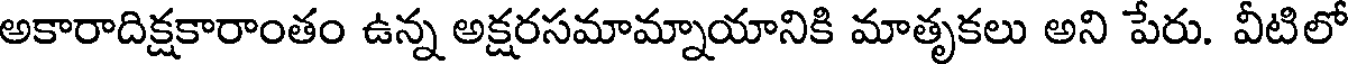
అకారాదిక్షకారాంతం ఉన్న అక్షరసమామ్నాయానికి మాతృకలు అని పేరు. వీటిలో